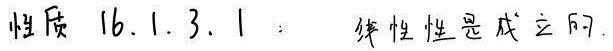
性质 16.1.3.1：线性性是成立的.